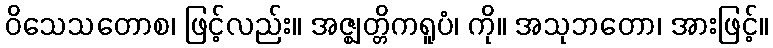
ဝိသေသတောစ၊ ဖြင့်လည်း။ အဇ္ဈတ္တိကရူပံ၊ ကို။ အသုဘတော၊ အားဖြင့်။